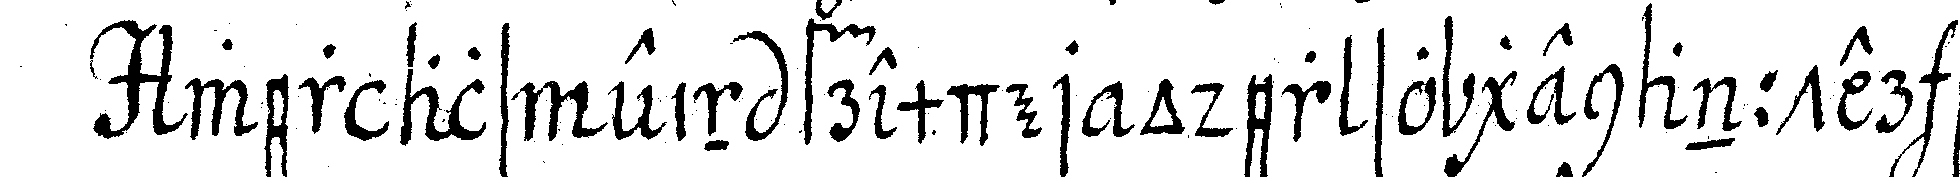
wer als ein fremder oder so genannter be